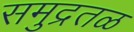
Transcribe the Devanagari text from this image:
समुद्रतळ